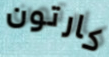
كارتون